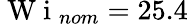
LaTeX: \mathrm{~W~i~}_{nom}=25.4